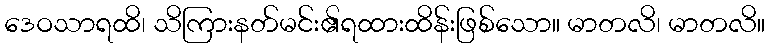
ဒေဝသာရထိ၊ သိကြားနတ်မင်း၏ရထားထိန်းဖြစ်သော။ မာတလိ၊ မာတလိ။